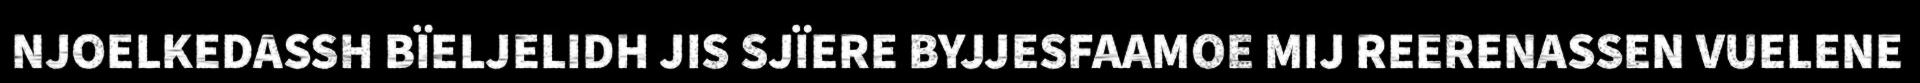
NJOELKEDASSH BÏELJELIDH JIS SJÏERE BYJJESFAAMOE MIJ REERENASSEN VUELENE